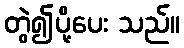
တွဲ၍ပို့ပေး သည်။